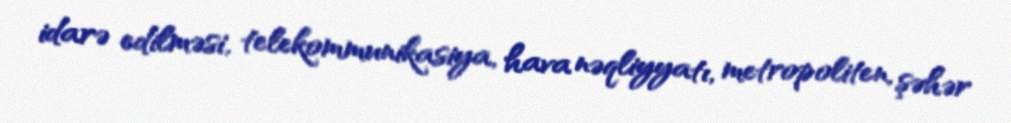
idarə edilməsi, telekommunikasiya, hava nəqliyyatı, metropoliten, şəhər